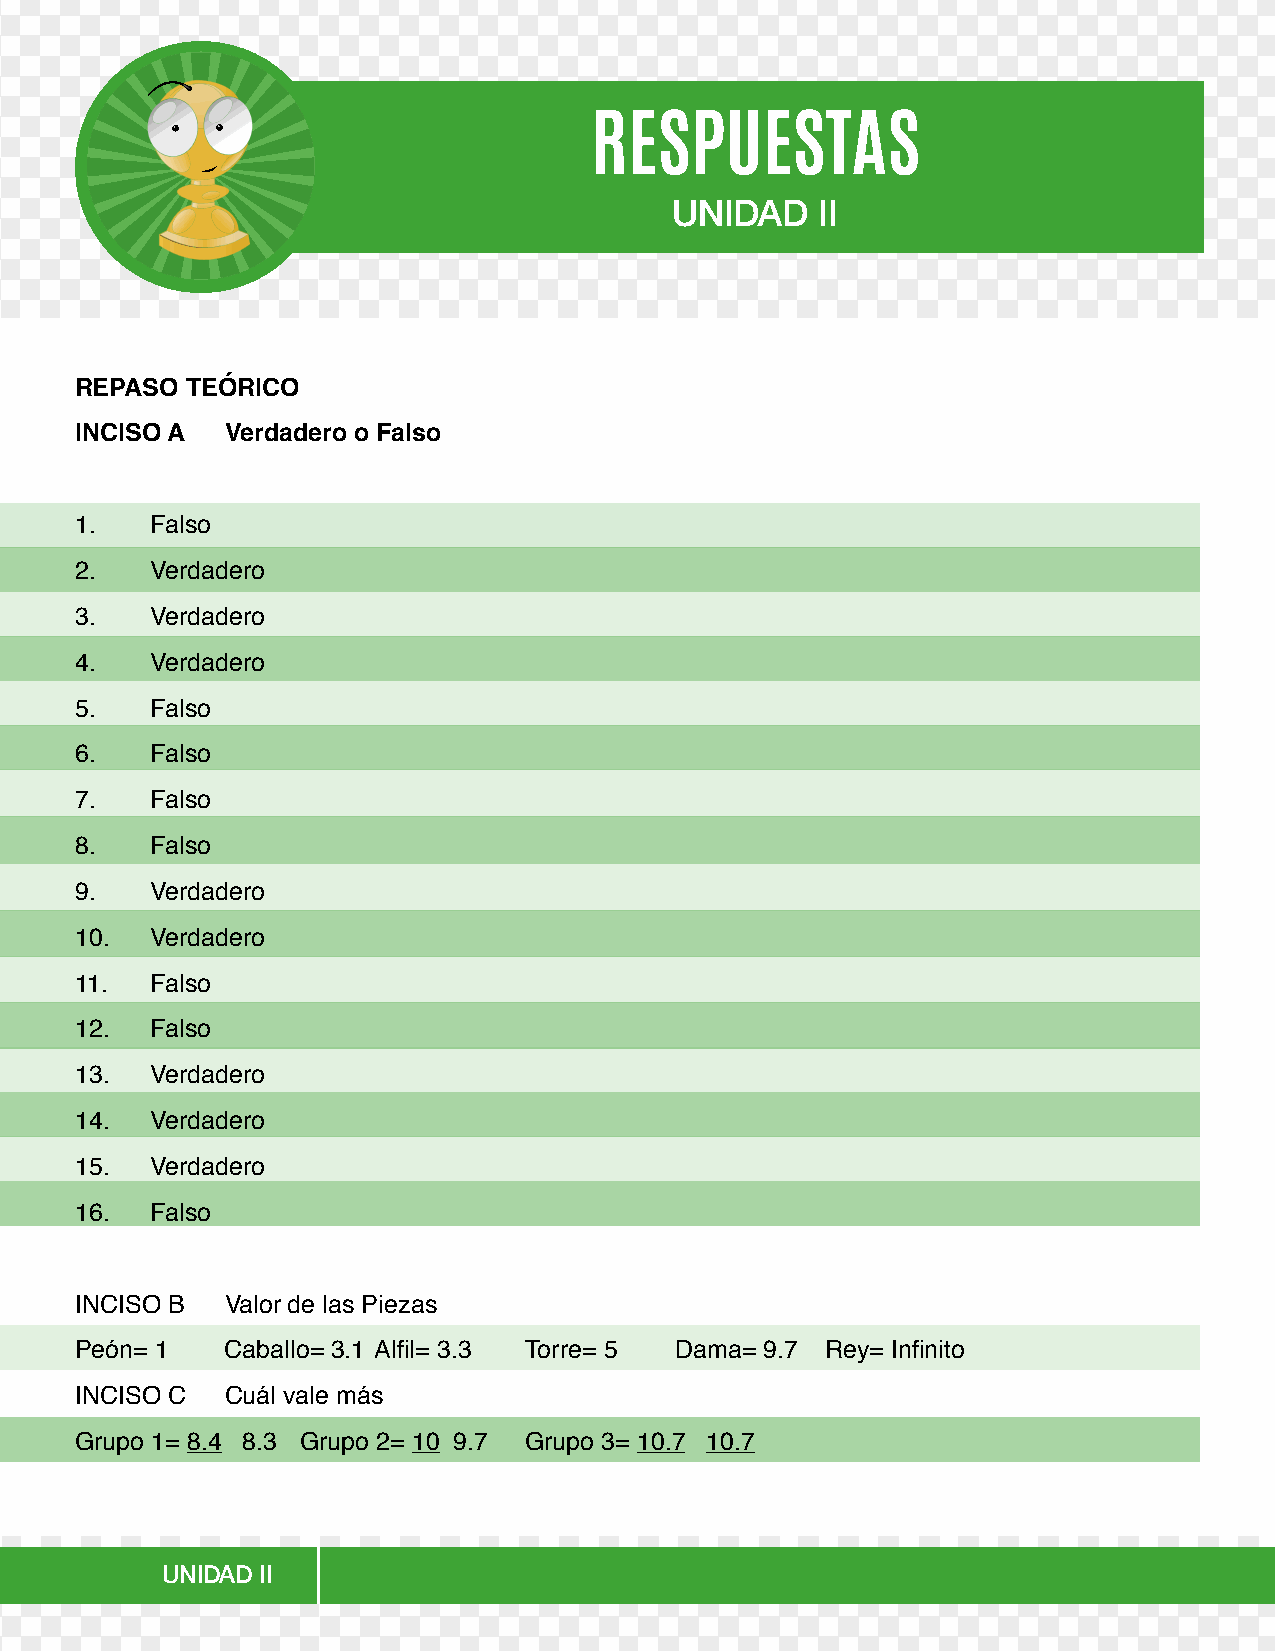
RESPUESTAS
 UNIDAD   II
 REPASO TEÓRICO
 INCISO A  Verdadero o Falso
 1.   Falso
 2.   Verdadero
 3.   Verdadero
 4.   Verdadero
 5.   Falso
 6.   Falso
 7.   Falso
 8.   Falso
 9.   Verdadero
 10.  Verdadero
 11.  Falso
 12.  Falso
 13.  Verdadero
 14.  Verdadero
 15.  Verdadero
 16.  Falso
 INCISO B  Valor de las Piezas
 Peón= 1   Caballo= 3.1 Alfil= 3.3 Torre= 5 Dama= 9.7 Rey= Infinito
 INCISO C  Cuál vale más
 Grupo 1= 8.4 8.3 Grupo 2= 10 9.7 Grupo 3= 10.7 10.7
 UNIDAD II